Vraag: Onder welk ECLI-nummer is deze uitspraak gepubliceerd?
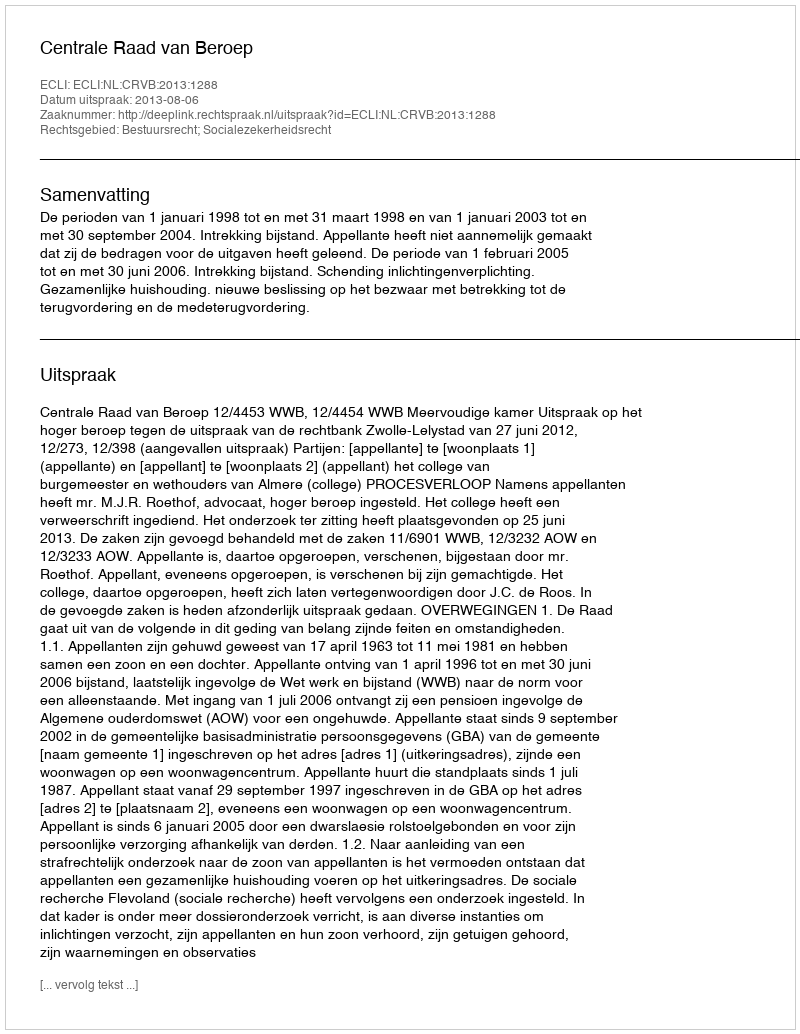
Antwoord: ECLI:NL:CRVB:2013:1288